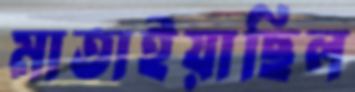
মাতাইয়াছিল